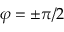
\varphi = \pm { \pi } / { 2 }